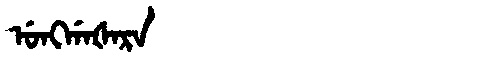
Manchu: ᡠᠩᡤᠠᡧᠠᡵᠠ
Romanization: UNGGAŠARA